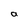
Character: a